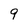
Character: 9